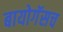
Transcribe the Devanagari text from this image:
बायोगॅसच